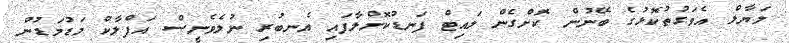
ލަޔާލް އެވަގުތުކޮޅުގެ ބޭނުން ކޮށްގެން ލައިޓް ފަނޑުކޮށްލާފައި އެނބުރި ނުލެވެނީސް އަފްލާކް މަޑުމަޑުން